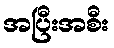
အပြီးအစီး